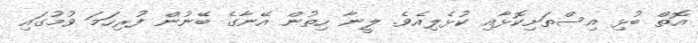
އޮތް ބުޅި އިސްތަށިކޮޅާއި ކުޅެލިއެވެ. ލީނާ ހިތުން އޭނާގެ ބޭނުން ފުރިހަމަ ވުމުގައި